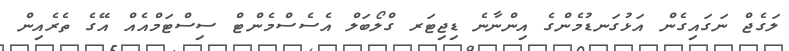
ލަގެޖް ނަގައިގެން އަޅުގަނޑުމެންގެ އިންނާނެ ޑިޖިޓަރ ގްލޯބަލް އެސެސްމެންޓް ސިސްޓަމްއެއް އޭގެ ތެރެއިން